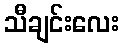
သီချင်းလေး